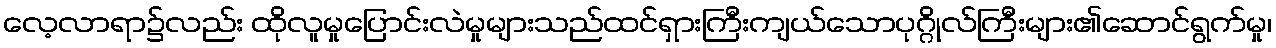
လေ့လာရာ၌လည်း ထိုလူမှုပြောင်းလဲမှုများသည်ထင်ရှားကြီးကျယ်သောပုဂ္ဂိုလ်ကြီးများ၏ဆောင်ရွက်မှု၊